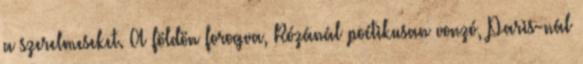
a szerelmeseket. A földön forogva, Rózánál poétikusan vonzó, Paris-nál